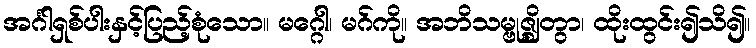
အင်္ဂါရှစ်ပါးနှင့်ပြည့်စုံသော။ မဂ္ဂေါ၊ မဂ်ကို။ အဘိသမ္ဗုဇ္ဈိတွာ၊ ထိုးထွင်း၍သိ၍။